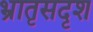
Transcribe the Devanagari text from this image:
भ्रातृसदृश